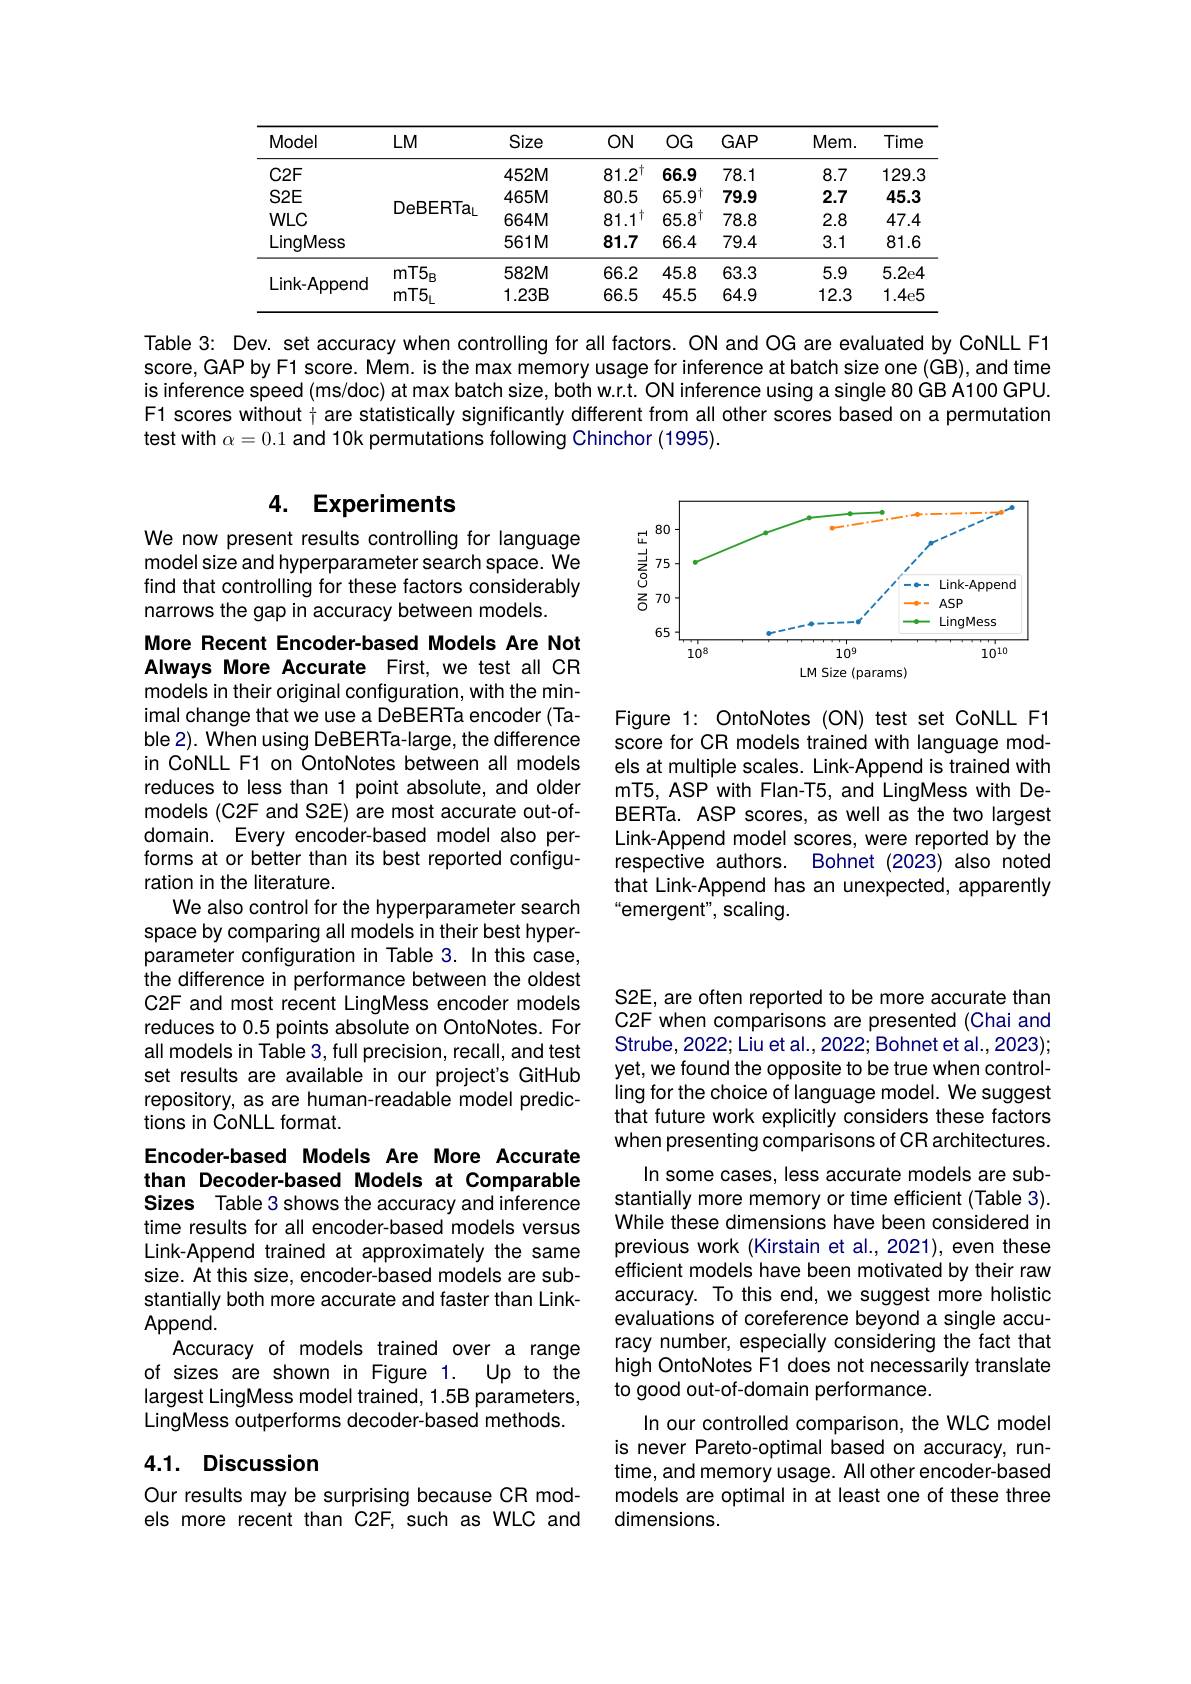
<table>
	<tbody>
		<tr>
			<th>Model</th>
			<th>$LM$</th>
			<th>Size</th>
			<th>$ON$</th>
			<th>$OG$</th>
			<th>$GAP$</th>
			<th>$Mem.$</th>
			<th>Time</th>
		</tr>
		<tr>
			<td>$C2F$</td>
			<td> </td>
			<td>$452M$</td>
			<td>$81.2^{\dagger}$</td>
			<td>66.9</td>
			<td>78.1</td>
			<td>8.7</td>
			<td>129.3</td>
		</tr>
		<tr>
			<td>$S2E$</td>
			<td> </td>
			<td>$465M$</td>
			<td>80.5</td>
			<td>$65.9^{\dagger}$</td>
			<td>79.9</td>
			<td>2.7</td>
			<td>45.3</td>
		</tr>
		<tr>
			<td>$WLC$</td>
			<td>DebERIal</td>
			<td>$664M$</td>
			<td>$81.1^{\dagger}$</td>
			<td>$65.8^{\dagger}$</td>
			<td>78.8</td>
			<td>2.8</td>
			<td>47.4</td>
		</tr>
		<tr>
			<td>LingMess</td>
			<td> </td>
			<td>$561M$</td>
			<td>81.7</td>
			<td>66.4</td>
			<td>79.4</td>
			<td>3.1</td>
			<td>81.6</td>
		</tr>
		<tr>
			<td rowspan="2">Link-Append</td>
			<td>$mT5_{\mathrm{B}}$</td>
			<td>$582M$</td>
			<td>66.2</td>
			<td>45.8</td>
			<td>63.3</td>
			<td>5.9</td>
			<td>5.2e4</td>
		</tr>
		<tr>
			<td>$mT5_{\mathrm{L}}$</td>
			<td>$1.23B$</td>
			<td>66.5</td>
			<td>45.5</td>
			<td>64.9</td>
			<td>12.3</td>
			<td>1.4e5</td>
		</tr>
	</tbody>
</table>

Table 3: Dev. set accuracy when controlling for all factors. ON and OG are evaluated by CoNLL F1 score, GAP by F1 score. Mem. is the max memory usage for inference at batch size one (GB), and time is inference speed (ms/doc) at max batch size, both w.r.t. ON inference using a single 80 GB A100 GPU. F1 scores without $\dagger$ are statistically significantly different from all other scores based on a permutation test with $\alpha=0.1$ and 10k permutations following Chinchor (1995).

### 4. Experiments

We now present results controlling for language model size and hyperparameter search space. We find that controlling for these factors considerably narrows the gap in accuracy between models.

<FigureHere>

Figure 1: OntoNotes (ON) test set CoNLL F1 score for CR models trained with language models at multiple scales. Link-Append is trained with mT5, ASP with Flan-T5, and LingMess with DeBERTa. ASP scores, as well as the two largest Link-Append model scores, were reported by the respective authors. Bohnet (2023) also noted that Link-Append has an unexpected, apparently “emergent", scaling.

More Recent Encoder-based Models Are Not Always More Accurate First, we test all CR models in their original configuration, with the minimal change that we use a DeBERTa encoder (Table 2). When using DeBERTa-large, the difference in CoNLL F1 on OntoNotes between all models reduces to less than 1 point absolute, and older models (C2F and S2E) are most accurate out-ofdomain. Every encoder-based model also performs at or better than its best reported configuration in the literature.
We also control for the hyperparameter search space by comparing all models in their best hyperparameter configuration in Table 3. In this case, the difference in performance between the oldest C2F and most recent LingMess encoder models reduces to 0.5 points absolute on OntoNotes. For all models in Table 3, full precision, recall, and test set results are available in our project's GitHub repository, as are human-readable model predictions in CoNLL format.

S2E, are often reported to be more accurate than C2F when comparisons are presented (Chai and Strube,2022; Liu et al., 2022; Bohnet et al., 2023); yet, we found the opposite to be true when controlling for the choice of language model. We suggest that future work explicitly considers these factors when presenting comparisons of CR architectures.
In some cases, less accurate models are substantially more memory or time efficient (Table 3). While these dimensions have been considered in previous work (Kirstain et al., 2021), even these efficient models have been motivated by their raw accuracy. To this end, we suggest more holistic evaluations of coreference beyond a single accuracy number, especially considering the fact that high OntoNotes F1 does not necessarily translate to good out-of-domain performance.
In our controlled comparison, the WLC model is never Pareto-optimal based on accuracy, runtime, and memory usage. All other encoder-based models are optimal in at least one of these three dimensions.

Encoder-based Models Are More Accurate than Decoder-based Models at Comparable Sizes Table 3 shows the accuracy and inference time results for all encoder-based models versus Link-Append trained at approximately the same size. At this size, encoder-based models are substantially both more accurate and faster than LinkAppend.
Accuracy of models trained over a range of sizes are shown in Figure 1. Up to the largest LingMess model trained, 1.5B parameters, LingMess outperforms decoder-based methods.

## 4.1. Discussion

Our results may be surprising because CR models more recent than C2F, such as WLC and